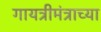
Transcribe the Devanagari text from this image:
गायत्रीमंत्राच्या